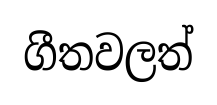
ගීතවලත්